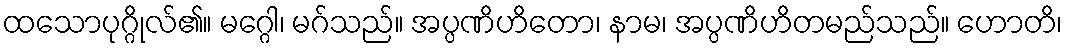
ထသောပုဂ္ဂိုလ်၏။ မဂ္ဂေါ၊ မဂ်သည်။ အပ္ပဏိဟိတော၊ နာမ၊ အပ္ပဏိဟိတမည်သည်။ ဟောတိ၊